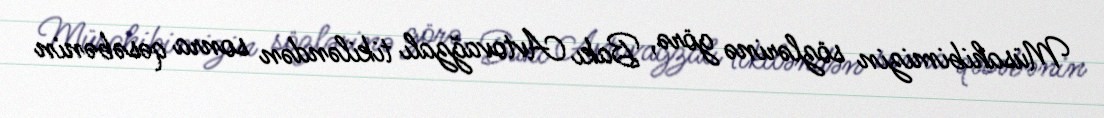
Müsahibimizin sözlərinə görə, Bakı Avtovağzalı tikiləndən sonra qəsəbənin